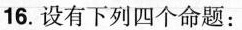
16. 设有下列四个命题：